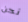
نحن